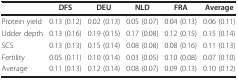
<table><thead><tr><td></td><td><b>DFS</b></td><td><b>DEU</b></td><td><b>NLD</b></td><td><b>FRA</b></td><td><b>Average</b></td></tr></thead><tbody><tr><td>Protein yield</td><td>0.13 (0.12)</td><td>0.02 (0.13)</td><td>0.05 (0.07)</td><td>0.04 (0.13)</td><td>0.06 (0.11)</td></tr><tr><td>Udder depth</td><td>0.13 (0.16)</td><td>0.19 (0.15)</td><td>0.17 (0.08)</td><td>0.12 (0.15)</td><td>0.15 (0.14)</td></tr><tr><td>SCS</td><td>0.13 (0.13)</td><td>0.15 (0.14)</td><td>0.08 (0.08)</td><td>0.08 (0.16)</td><td>0.11 (0.13)</td></tr><tr><td>Fertility</td><td>0.05 (0.11)</td><td>0.10 (0.14)</td><td>0.03 (0.05)</td><td>0.10 (0.08)</td><td>0.07 (0.10)</td></tr><tr><td>Average</td><td>0.11 (0.13)</td><td>0.12 (0.14)</td><td>0.08 (0.07)</td><td>0.09 (0.13)</td><td>0.10 (0.12)</td></tr></tbody></table>